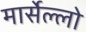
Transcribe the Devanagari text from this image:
मार्सेल्लो